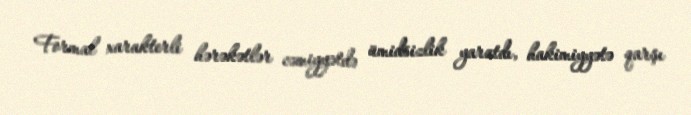
Formal xarakterli hərəkətlər cəmiyyətdə ümidsizlik yaratdı, hakimiyyətə qarşı